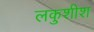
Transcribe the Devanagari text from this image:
लकुशीश